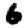
Digit: 6